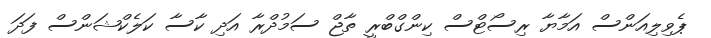
ޕެވިލިއަންސް އަމާޔާ ރިސޯޓްސް ކިންގްބްރީ ތާޖް ސަމުދްރާ އަދި ކާސާ ކަލެކްޝަންސް ފަދަ